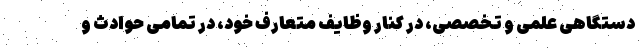
دستگاهی علمی و تخصصی، در كنار وظايف متعارف خود، در تمامی حوادث و